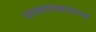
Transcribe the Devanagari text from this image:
मानसशास्त्राज्ञांच्या